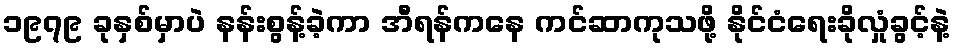
၁၉၇၉ ခုနှစ်မှာပဲ နန်းစွန့်ခဲ့ကာ အီရန်ကနေ ကင်ဆာကုသဖို့ နိုင်ငံရေးခိုလှုံခွင့်နဲ့